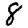
Digit: 8